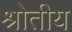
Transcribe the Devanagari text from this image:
श्रोतीय